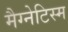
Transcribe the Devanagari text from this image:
मैग्नेटिस्म